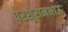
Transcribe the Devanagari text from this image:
परशूरामभाऊ